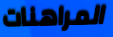
المراهنات